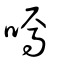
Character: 嘕